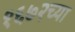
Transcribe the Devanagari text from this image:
१६७२च्या